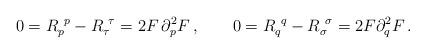
LaTeX: \begin{align*}0= R_p^{\ p} - R_\tau^{\ \tau} = 2 F \, \partial_p^2 F \,,\qquad0= R_q^{\ q} - R_\sigma^{\ \sigma} = 2 F \partial_q^2 F \,.\end{align*}